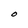
Character: O